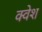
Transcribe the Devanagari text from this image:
क्वेश